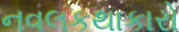
નવલકથાકારો